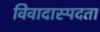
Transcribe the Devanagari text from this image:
विवादास्पदता